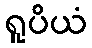
ရူပိယံ